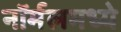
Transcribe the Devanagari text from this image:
नॉर्मलमध्ये